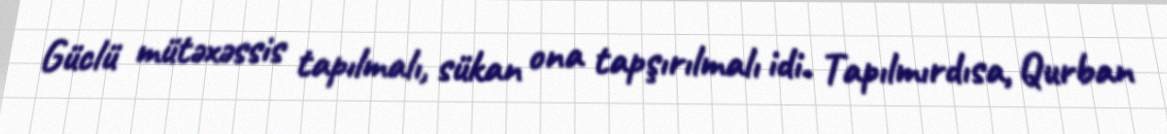
Güclü mütəxəssis tapılmalı, sükan ona tapşırılmalı idi. Tapılmırdısa, Qurban